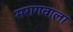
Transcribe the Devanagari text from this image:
सरागवाला